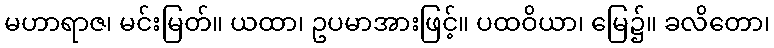
မဟာရာဇ၊ မင်းမြတ်။ ယထာ၊ ဥပမာအားဖြင့်။ ပထဝိယာ၊ မြေ၌။ ခလိတော၊